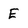
Character: E